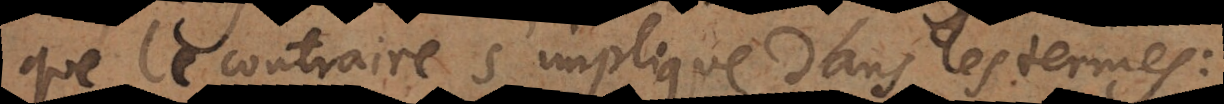
que le contraire s’implique dans les termes: